Vaccination report Assam 1874-1896 - 1874-1896
Year: 1874
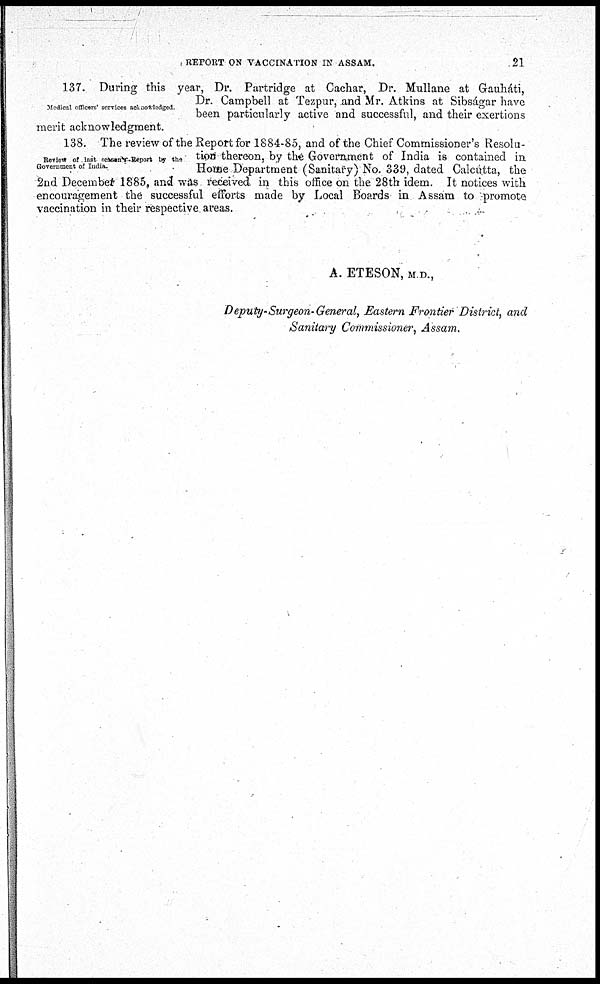
REPORT ON VACCINATION IN ASSAM.
21
Medical officers' services acknowledged.
137. During this year, Dr. Partridge at Cachar, Dr. Mullane at Gauháti,
Dr. Campbell at Tezpur, and Mr. Atkins at Sibságar have
been particularly active and successful, and their exertions
merit acknowledgment.
Review of last seasons Report by the
Government of India.
138. The review of the Report for 1884-85, and of the Chief Commissioner's Resolu-
tion thereon, by the Government of India is contained in
Home Department (Sanitary) No. 339, dated Calcutta, the
2nd December 1885, and was received in this office on the 28th idem. It notices with
encouragement the successful efforts made by Local Boards in Assam to promote
vaccination in their respective areas.
A. ETESON, M.D.,
Deputy-Surgeon-General, Eastern Frontier District, and
Sanitary Commissioner , Assam.